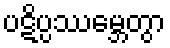
ပဋိပ္ပဿမ္ဘေတွာ